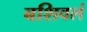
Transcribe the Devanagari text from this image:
बशिवलं